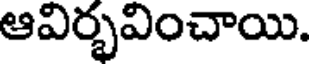
ఆవిర్భవించాయి.